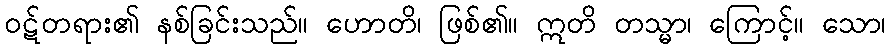
ဝဋ်တရား၏ နစ်ခြင်းသည်။ ဟောတိ၊ ဖြစ်၏။ ဣတိ တသ္မာ၊ ကြောင့်။ သော၊